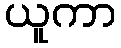
ယူကာ